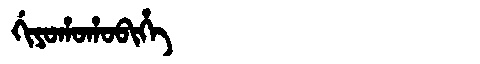
Manchu: ᡤᡳᠶᠣᡥᠣᡥᠣᠪᡳᡥᡝ
Romanization: GIYOHOHOBIHE